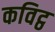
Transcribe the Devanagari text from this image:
कविट्ठ